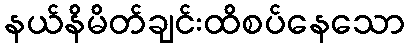
နယ်နိမိတ်ချင်းထိစပ်နေသော